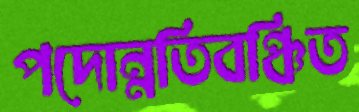
পদোন্নতিবঞ্চিত